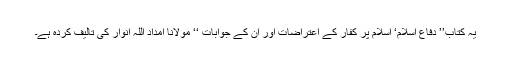
یہ کتاب’’ دفاع اسلام‘ اسلام پر کفار کے اعتراضات اور ان کے جوابات ‘‘ مولانا امداد اللہ انوار کی تالیف کردہ ہے۔